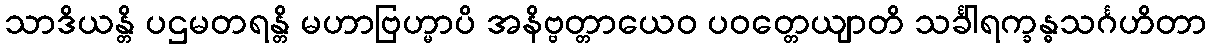
သာဒိယန္တိ ပဌမတရန္တိ မဟာဗြဟ္မာပိ အနိဗ္ဗတ္တာယေဝ ပဝတ္တေယျာတိ သင်္ခါရက္ခန္ဓသင်္ဂဟိတာ